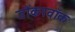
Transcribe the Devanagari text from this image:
डोंकरवॉक